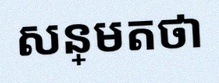
សន្មតថា